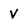
Character: V